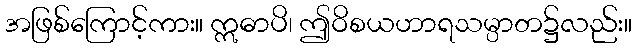
အဖြစ်ကြောင့်ကား။ ဣဓာပိ၊ ဤဝိစယဟာရသမ္ပာတ၌လည်း။